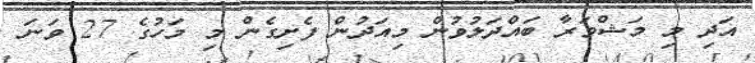
އަދި މި މަޝްވަރާ ބައްދަލުވުން މިއަދުން ފެށިގެން މި މަހުގެ 27 ވަނަ